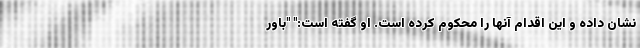
نشان داده و این اقدام آنها را محکوم کرده است. او گفته است:" "باور